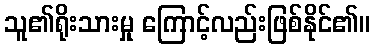
သူ၏ရိုးသားမှု ကြောင့်လည်းဖြစ်နိုင်၏။